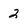
Character: 2